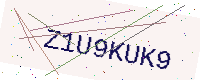
Text: Z1U9KUK9